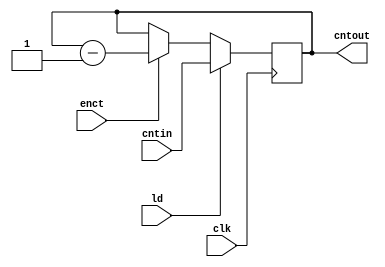
`timescale 1ns / 1ps
//////////////////////////////////////////////////////////////////////////////////
// Company: 
// Engineer: 
// 
// Design Name: 
// Module Name: cnt
// Project Name: 
// Target Devices: 
// Tool Versions: 
// Description: 
// 
// Dependencies: 
// 
// Revision:
// Revision 0.01 - File Created
// Additional Comments:
// 
//////////////////////////////////////////////////////////////////////////////////


module cnt(output reg [2:0] cntout,input [2:0] cntin, input ld,enct,clk);
always @(posedge clk)
begin
    if (ld) cntout <= cntin;
    else if (enct) cntout <= cntout-1;
end
endmodule